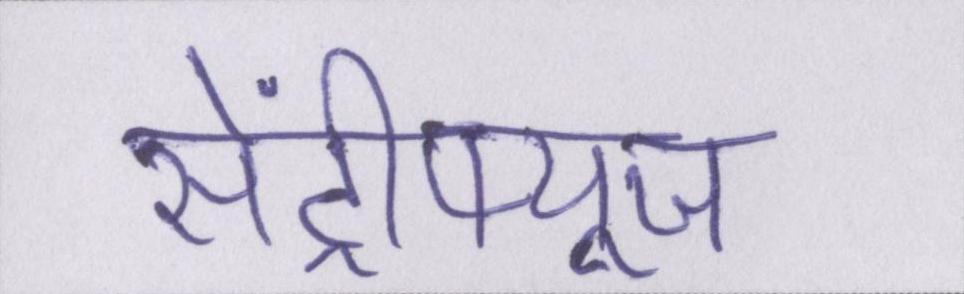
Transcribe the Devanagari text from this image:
सेंट्रीफ्यूज